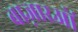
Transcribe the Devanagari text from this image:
बाज़ारओं